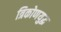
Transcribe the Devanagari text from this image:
त्रिकोणयुद्ध